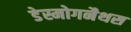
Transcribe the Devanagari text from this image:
डेस्मोगनैथस